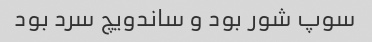
سوپ شور بود و ساندویچ سرد بود